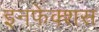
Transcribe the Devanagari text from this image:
इनफेक्शस